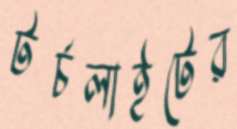
টর্চলাইটের